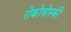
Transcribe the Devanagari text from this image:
रोकोवोस्की